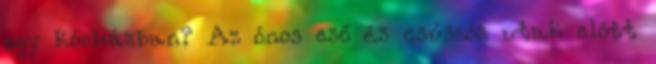
egy kórházban? Az ónos eső és csúszós utak előtt